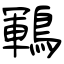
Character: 鶤